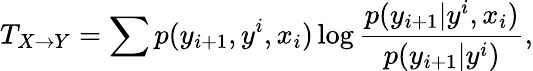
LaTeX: T_{X\rightarrow Y}=\sum{p(y_{i+1},y^{i},x_{i})\log\frac{p(y_{i+1}|y^{i},x_{i})}{p(y_{i+1}|y^{i})}},